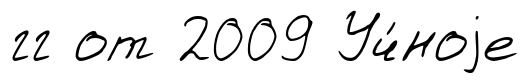
гг от 2009 Уч́ноjе